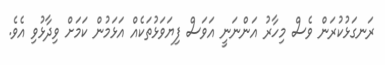
ރަނގަޅުކުރަން ވެސް މިހާރު އަންނަނީ އަވަސް ފިޔަވަޅުތަކެއް އަޅަމުން ކަމަށް ވިދާޅުވި އެވެ.